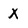
Character: x